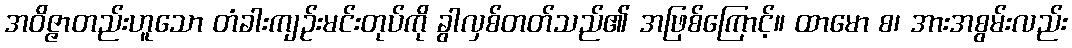
အဝိဇ္ဇာတည်းဟူသော တံခါးကျဉ်းမင်းတုပ်ကို ခွါလှစ်တတ်သည်၏ အဖြစ်ကြောင့်။ ထာမော စ၊ အားအစွမ်းလည်း